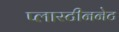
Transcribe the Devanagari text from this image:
प्लास्टीननेट